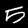
Label: 5